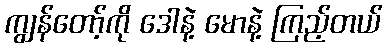
ကျွန်တော့်ကို ဒေါနဲ့ မောနဲ့ ကြည့်တယ်